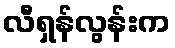
လီရှန်လွန်းက